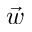
\vec { w }